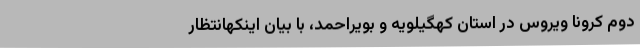
دوم کرونا ویروس در استان کهگیلویه و بویراحمد، با بیان اینکهانتظار